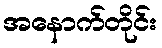
အနောက်တိုင်း